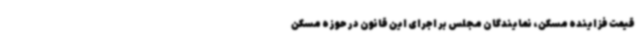
قیمت فزاینده مسکن، نمایندگان مجلس بر اجرای این قانون در حوزه مسکن